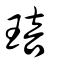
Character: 琣